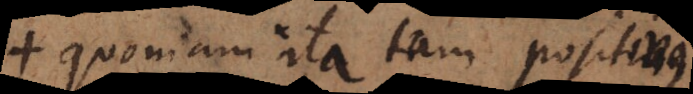
quoniam ita tam positivus